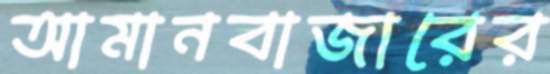
আমানবাজারের